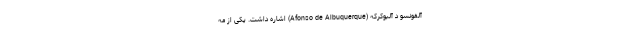
آلفونسو دِ آلبوکرکه (Afonso de Albuquerque) اشاره داشت. یکی از مه